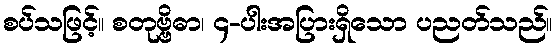
စပ်သဖြင့်။ စတုဗ္ဗိဓာ၊ ၄-ပါးအပြားရှိသော ပညတ်သည်။